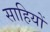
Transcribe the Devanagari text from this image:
साहियों